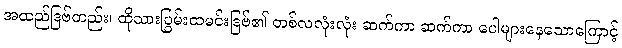
အထည်ဒြဗ်တည်း၊ ထိုသားပြွမ်းထမင်းဒြဗ်၏ တစ်လလုံးလုံး ဆက်ကာ ဆက်ကာ ပေါများနေသောကြောင့်